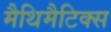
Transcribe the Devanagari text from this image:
मैथिमैटिक्स